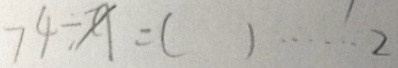
7 4 \div x = ( ) \cdots 2